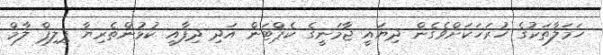
ހަމަލާތަކުގެ ހުރަހަކަށްވެގެން ދިޔައީ ޖާމަނީގެ ކެޕްޓަން އަދި ދިފާއީ ކުޅުންތެރިޔާ ޕިލިޕް ލާމް